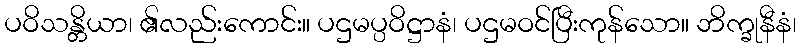
ပဝိသန္တိယာ၊ ၏လည်းကောင်း။ ပဌမပ္ပဝိဋ္ဌာနံ၊ ပဌမဝင်ပြီးကုန်သော။ ဘိက္ခုနီနံ၊